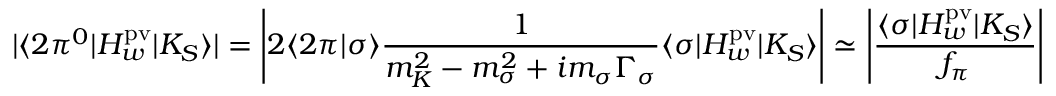
| \langle 2 \pi ^ { 0 } | H _ { w } ^ { \mathrm { p v } } | K _ { S } \rangle | = \left| 2 \langle 2 \pi | \sigma \rangle \frac { 1 } { m _ { K } ^ { 2 } - m _ { \sigma } ^ { 2 } + i m _ { \sigma } \Gamma _ { \sigma } } \langle \sigma | H _ { w } ^ { \mathrm { p v } } | K _ { S } \rangle \right| \simeq \left| \frac { \langle \sigma | H _ { w } ^ { \mathrm { p v } } | K _ { S } \rangle } { f _ { \pi } } \right| ,